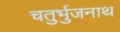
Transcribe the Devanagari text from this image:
चतुर्भुजनाथ